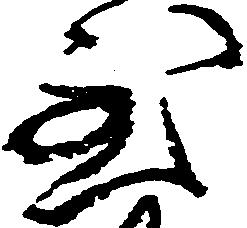
至